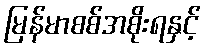
မြန်မာစစ်အစိုးရနှင့်